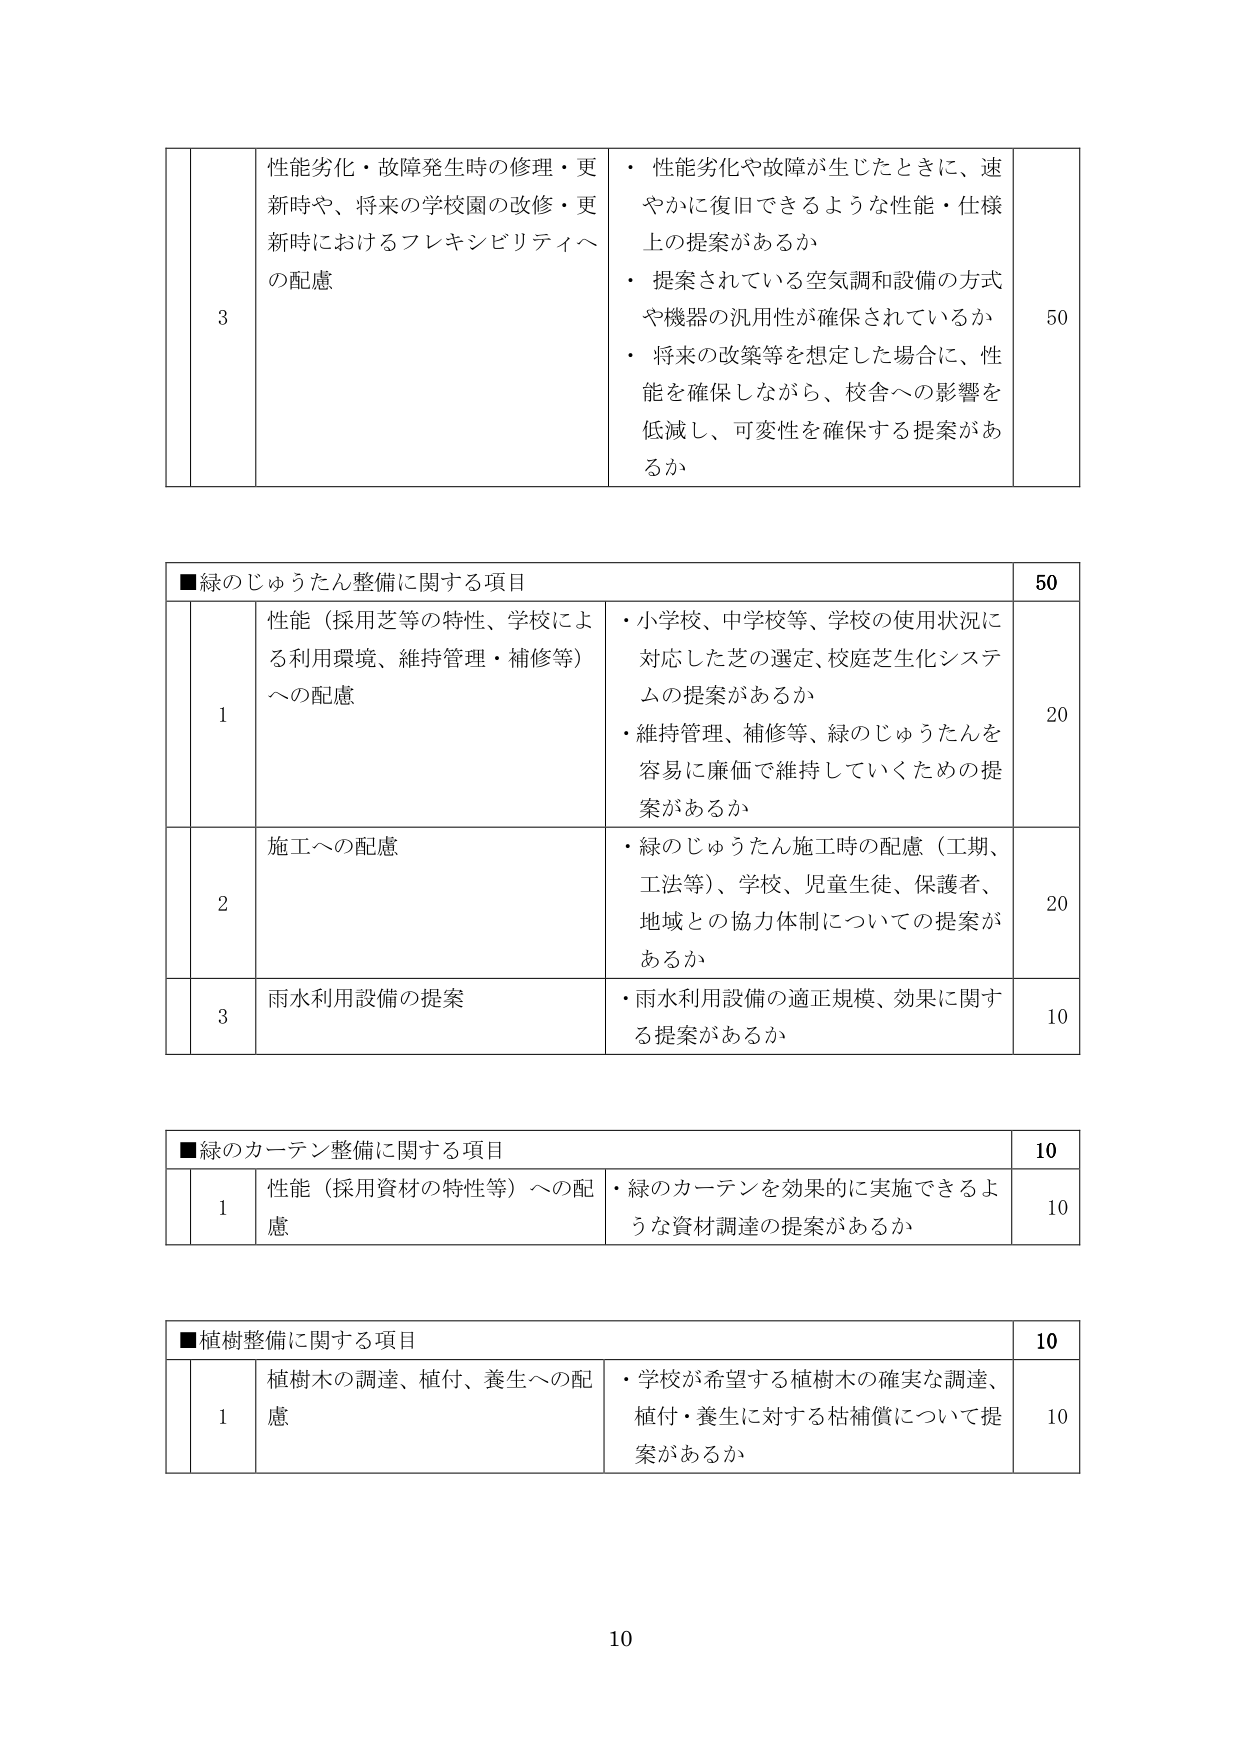
■緑のじゅうたん整備に関する項目
50

1
性能（採用芝等の特性、学校による利用環境、維持管理・補修等）への配慮
・小学校、中学校等、学校の使用状況に対応した芝の選定、校庭芝生化システムの提案があるか
・維持管理、補修等、緑のじゅうたんを容易に廉価で維持していくための提案があるか
20

2
施工への配慮
・緑のじゅうたん施工時の配慮（工期、工法等）、学校、児童生徒、保護者、地域との協力体制についての提案があるか
20

3
雨水利用設備の提案
・雨水利用設備の適正規模、効果に関する提案があるか
10

■緑のカーテン整備に関する項目
10

1
性能（採用資材の特性等）への配慮
・緑のカーテンを効果的に実施できるような資材調達の提案があるか
10

■植樹整備に関する項目
10

1
植樹木の調達、植付、養生への配慮
・学校が希望する植樹木の確実な調達、植付・養生に対する枯補償について提案があるか
10

10